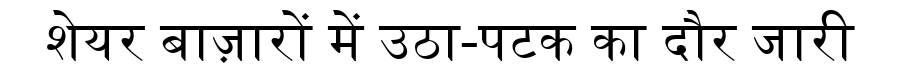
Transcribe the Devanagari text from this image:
शेयर बाज़ारों में उठा-पटक का दौर जारी